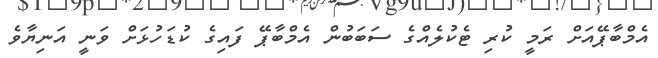
އެމްބާޕޭއަށް ރަމީ ކުރި ޓެކުލެއްގެ ސަބަބުން އެމްބާޕޭ ފައިގެ ކުޑަހުޅަށް ވަނީ އަނިޔާވެ